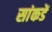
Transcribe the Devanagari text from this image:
सांकडें